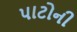
પાટોની